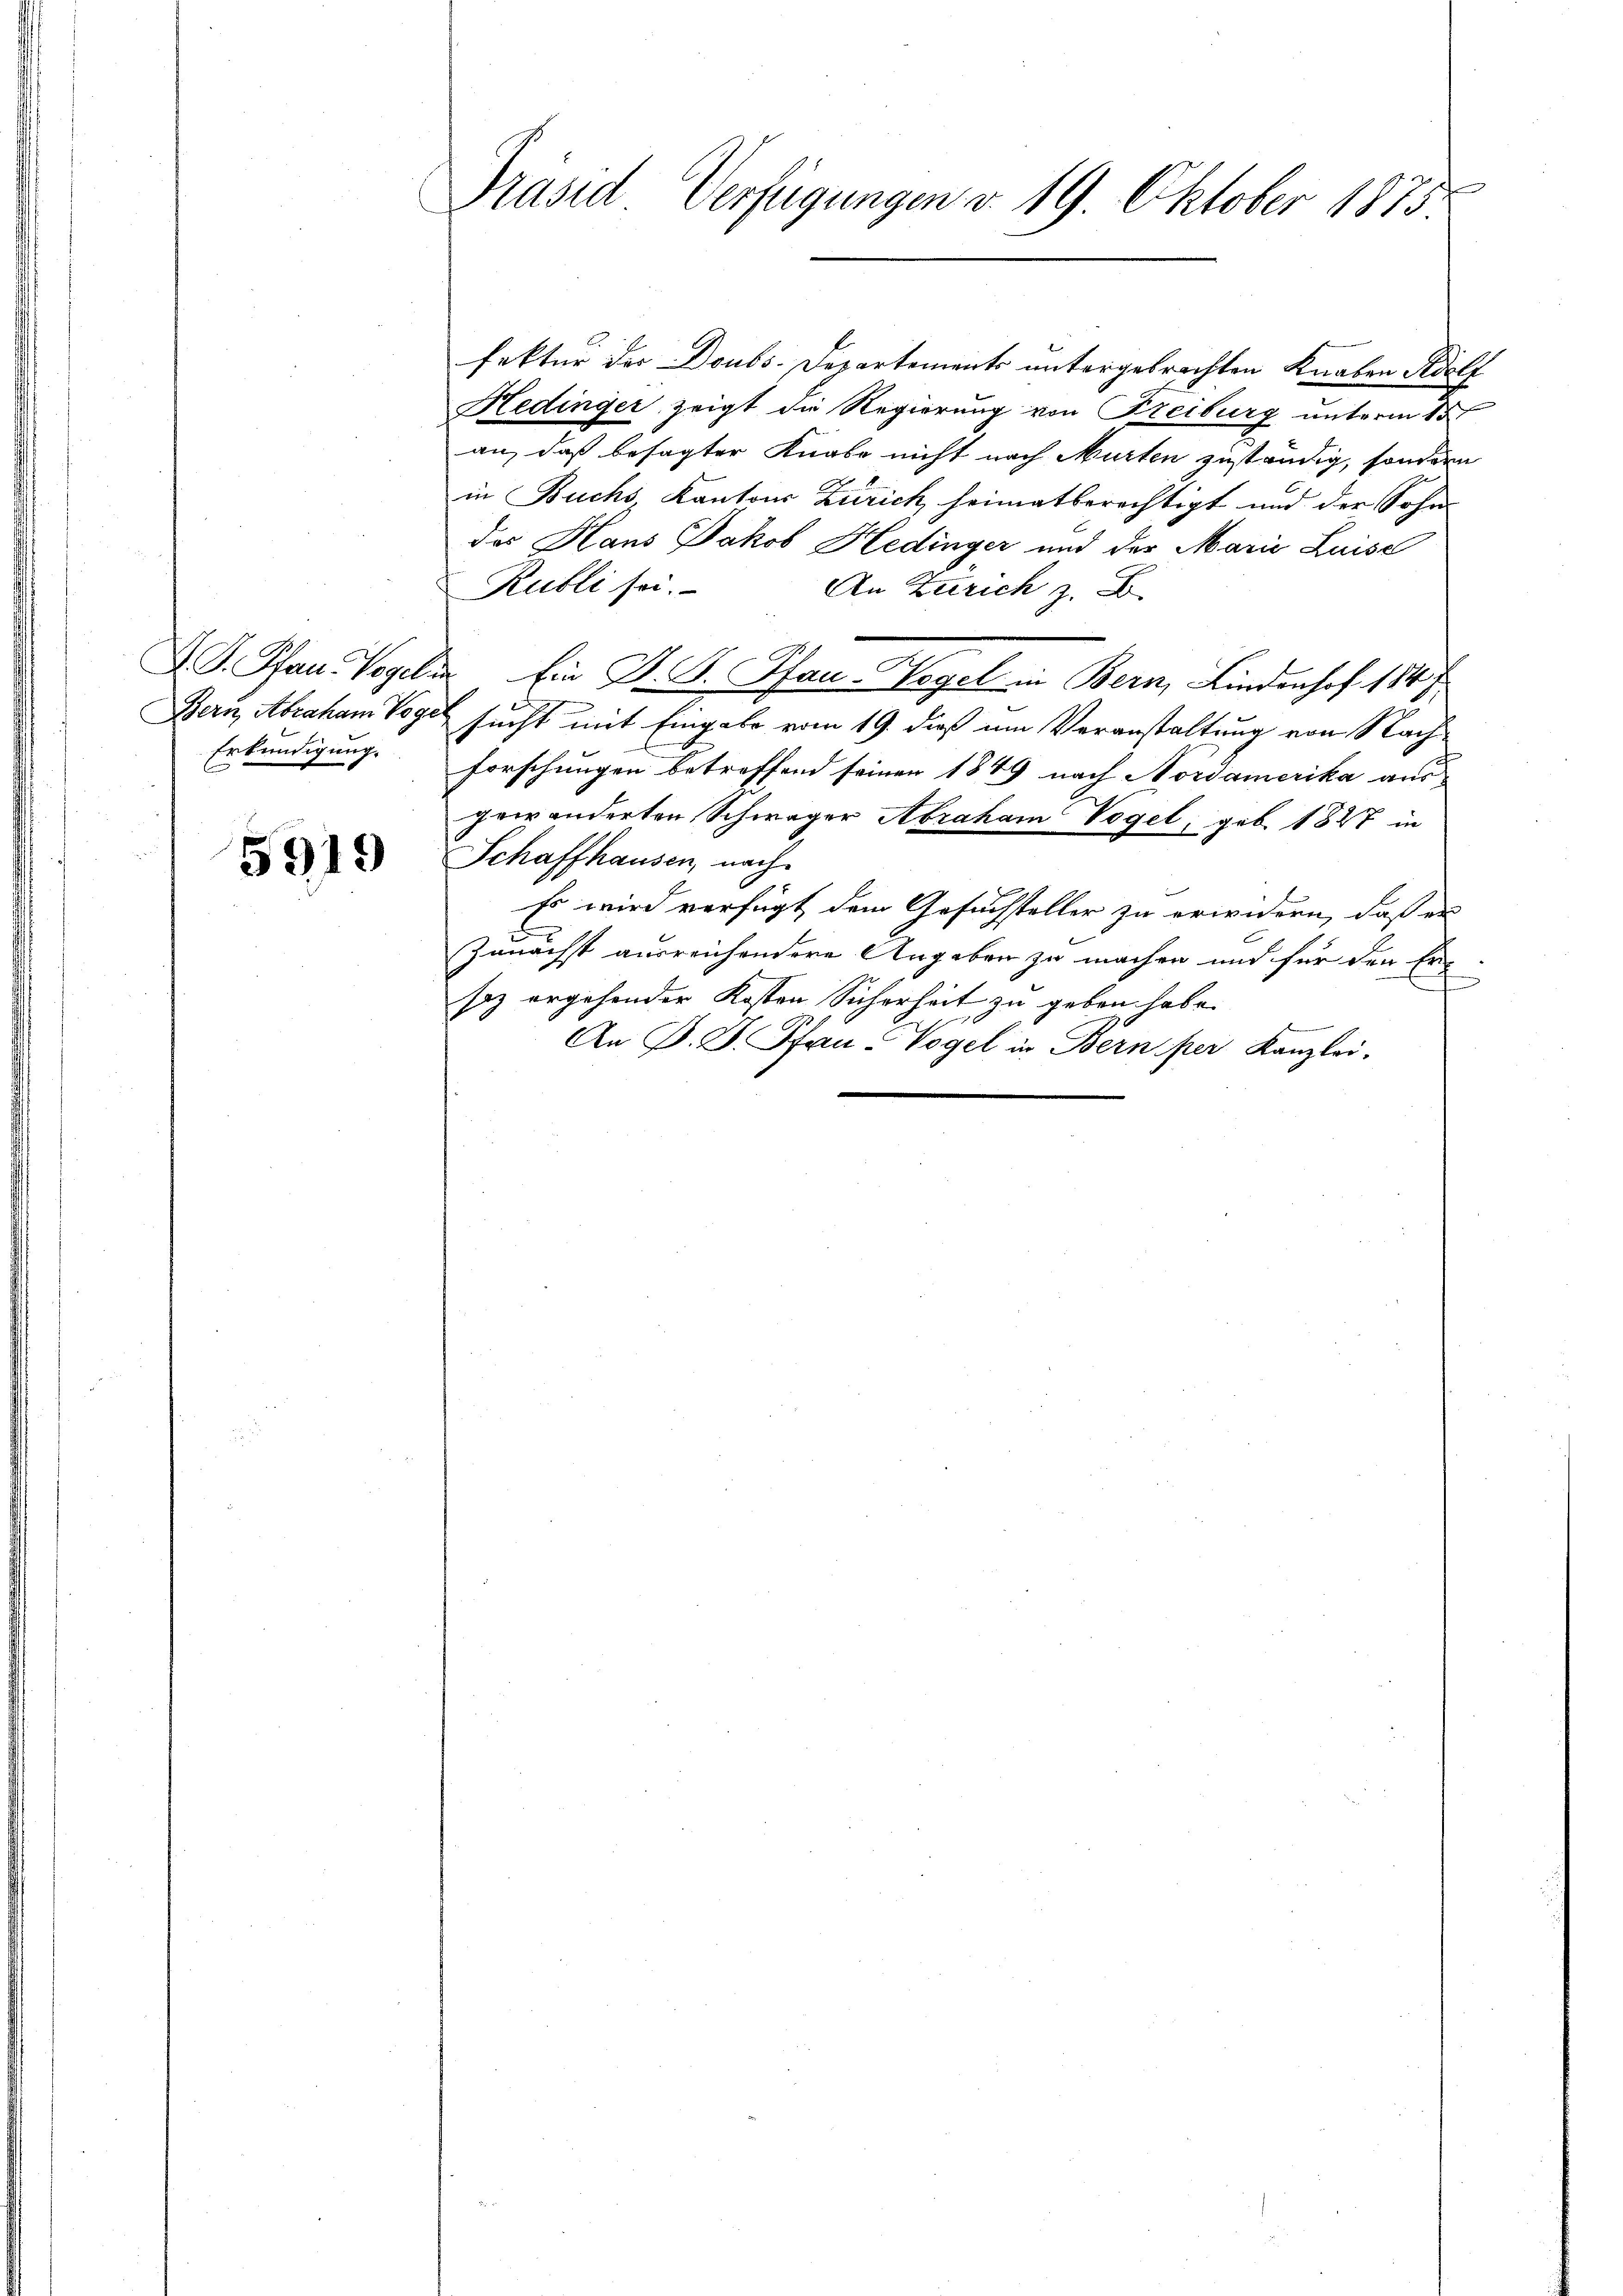
Erkundigung.

5919

Präsid Verfügungen v. 19. Oktober 1875.

fektur der Doubs-Departements untergebrachten Knaben Adolf
Hedinger zeigt die Regierung von Freiburg unterm 15t
an, daß besagter Knabe nicht nach Murten zuständig, sondern
in Buchs, Kantons Zürich heimatberechtigt und der Sohn-
das Haus Jakob Hedinger und der Marie Luise
Rubli sei.
An Zürich z. B.
J. Pfan. Vogelin Ein J. B. Pfau-Hegel in Bern, Lindenhof 184 f
Bern, Abraham Vogel sucht mit Eingabe vom 19. dieß um Veranstaltung von Nachforschungen betreffend seinen 1849 nach Nordamerika aus
gewänderten Schwager Abraham Vogel, geb. 1847 in
Schaffhausen, nach
Es wird verfügt dem Gesuchsteller zu erwidern, daß er
Zunächst ausreichendere Angaben zu machen und für den Er-
f
saz ergehender Kosten Sicherheit zu geben habe.
An P. J. Pfau-Vogel in Bern per Kanzlei-